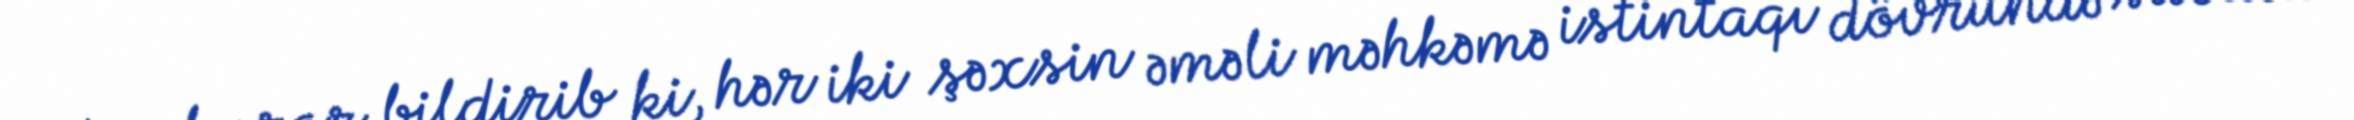
Prokuror bildirib ki, hər iki şəxsin əməli məhkəmə istintaqı dövründə sübuta